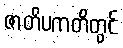
ဇာတိပကတိတွင်